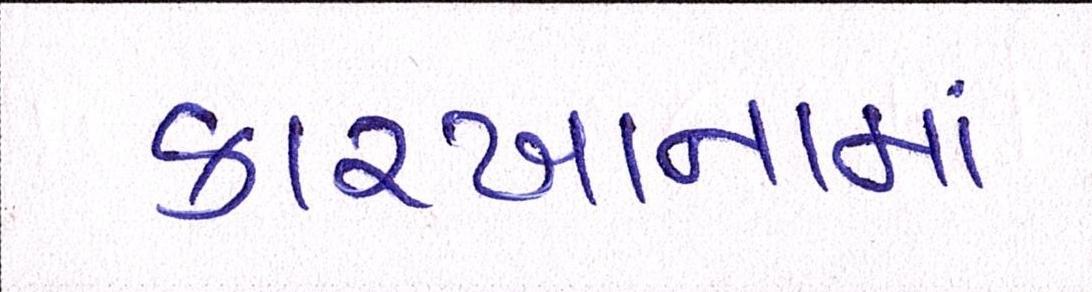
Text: કારખાનામાં